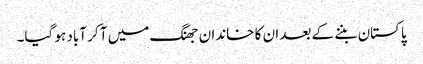
پاکستان بننے کے بعد ان کا خاندان جھنگ میں آ کر آباد ہو گیا۔